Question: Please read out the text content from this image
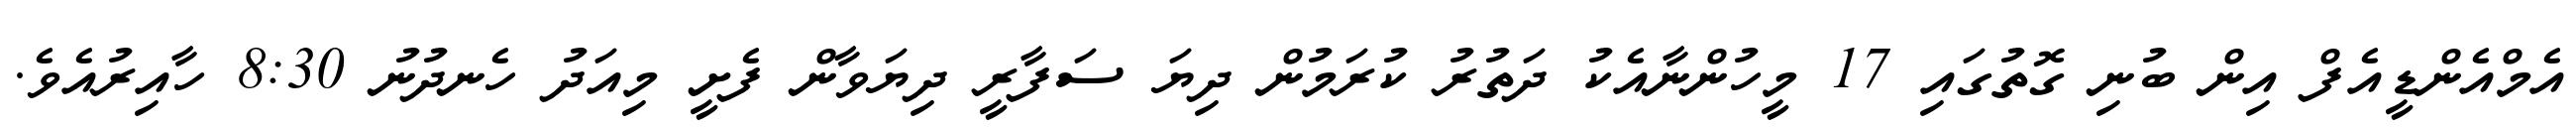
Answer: އެމްއެންޑީއެފް އިން ބުނި ގޮތުގައި 17 މީހުންނާއެކު ދަތުރު ކުރަމުން ދިޔަ ސަފާރީ ދިޔަވާން ފެށީ މިއަދު ހެނދުނު 8:30 ހާއިރުއެވެ.